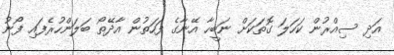
އަދި ސިއްރުން ކަހަލަ ގޮތަކަށް ނަބީހާ އޭނާގެ ފަހަތުން އާދޭތޯ ބަލަންހުރެފައި ފޯނު